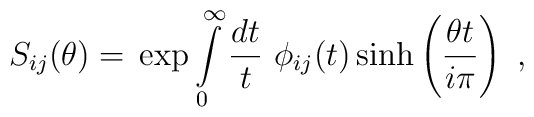
S_{ij}(\theta )=\,\exp \int\limits_{0}^{\infty }\frac{dt}{t}\,\,\phi_{ij}(t)\sinh \left( \frac{\theta t}{i\pi }\right) \,\,,